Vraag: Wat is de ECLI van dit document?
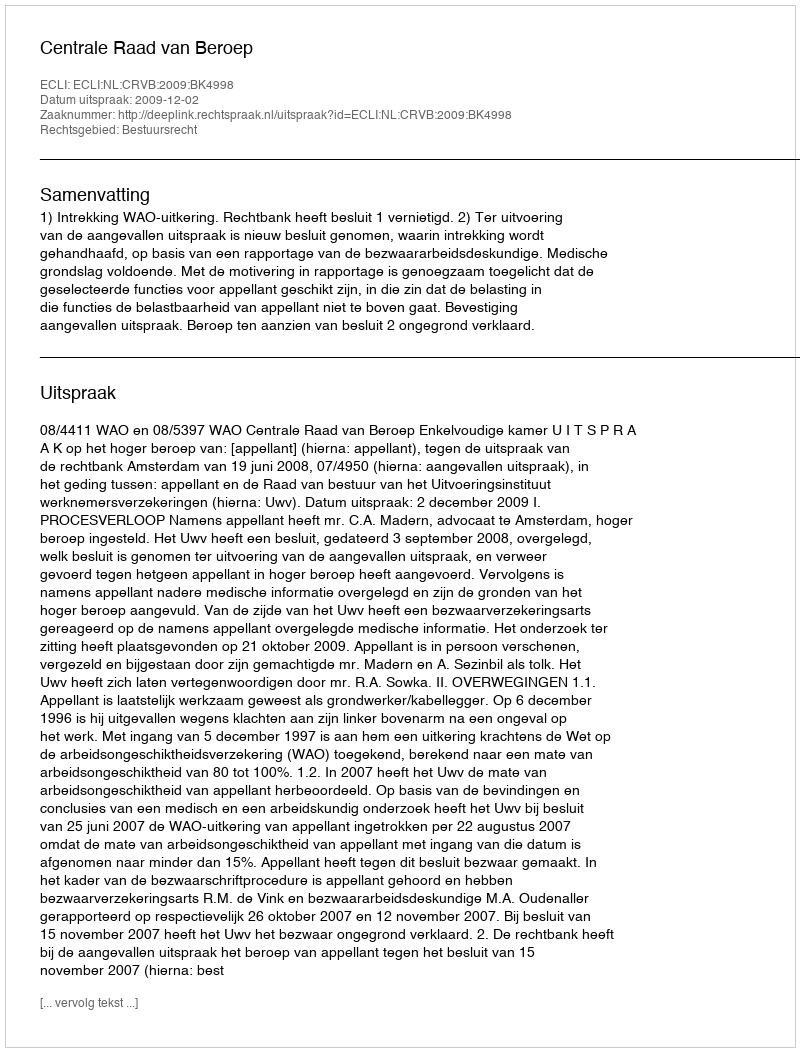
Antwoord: ECLI:NL:CRVB:2009:BK4998